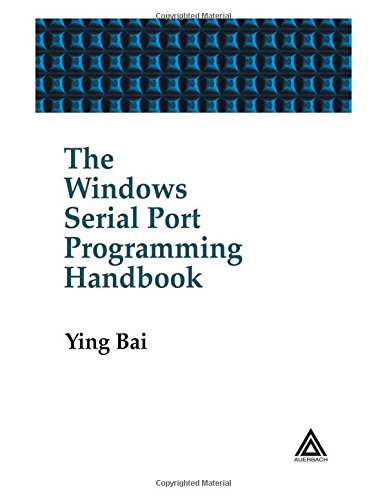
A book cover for The Windows Serial Port Programming Handbook; Ying Bai; Computers & Technology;